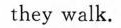
they walk.